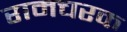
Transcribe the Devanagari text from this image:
रामचरक